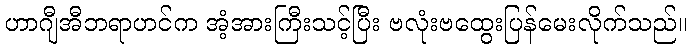
ဟာဂျီအီဘရာဟင်က အံ့အားကြီးသင့်ပြီး ဗလုံးဗထွေးပြန်မေးလိုက်သည်။